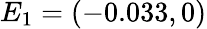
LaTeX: E_{1}=(-0.033,0)